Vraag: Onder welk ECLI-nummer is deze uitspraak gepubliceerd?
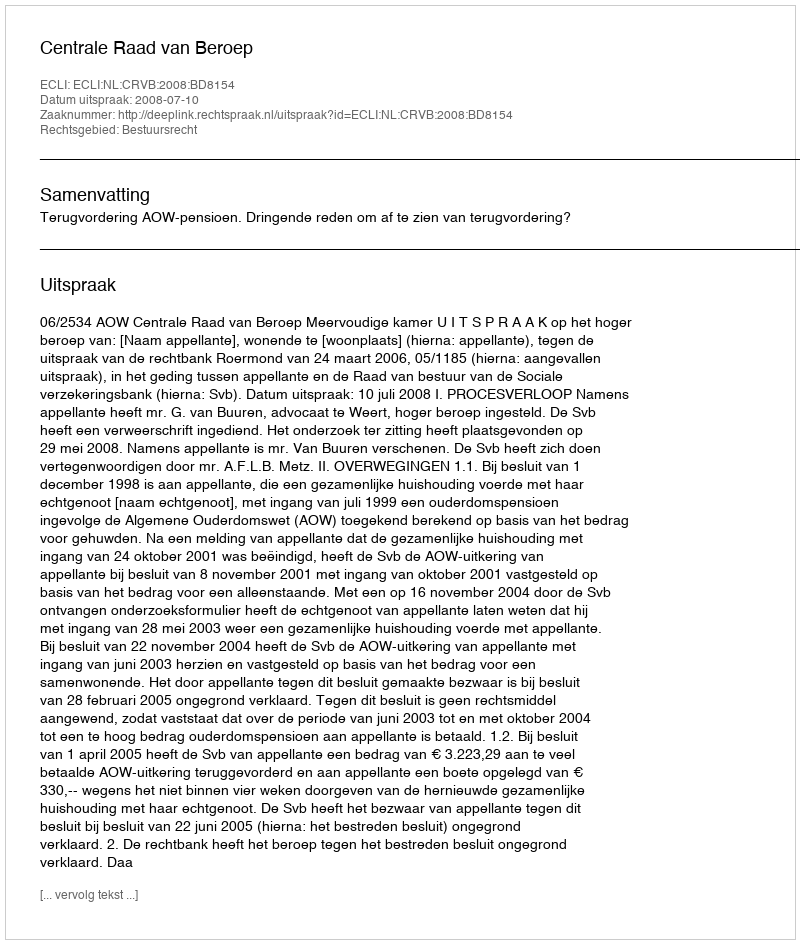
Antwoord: ECLI:NL:CRVB:2008:BD8154